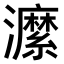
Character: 𤃰